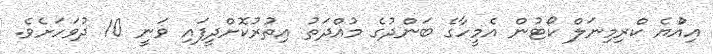
އިއްުޔެ ކްރިމިނަލް ކޯޓުން އެމީހާގެ ބަންދުގެ މުއްދަތު އިތުރުކޮށްދީފައި ވަނީ 10 ދުވަހަށެވެ.